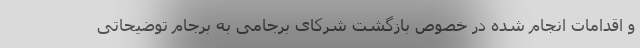
و اقدامات انجام شده در خصوص بازگشت شرکای برجامی به برجام توضیحاتی